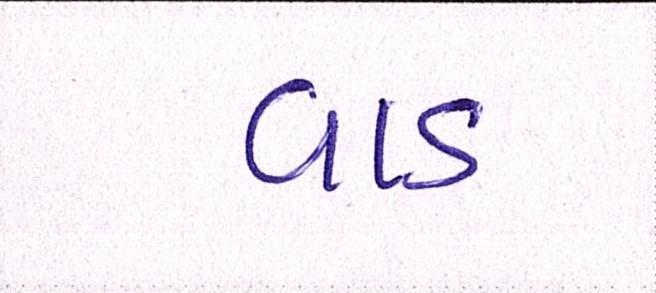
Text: વાડ